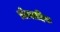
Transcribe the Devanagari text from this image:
प्रोत्साहिक